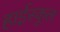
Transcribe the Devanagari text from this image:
हार्इस्कूल